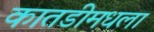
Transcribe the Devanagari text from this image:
कातडीमधला